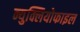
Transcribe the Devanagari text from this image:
न्युक्लियोफाइल